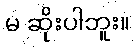
မ ဆိုးပါဘူး။